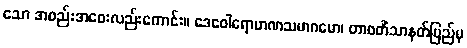
သော အစည်းအဝေးလည်းကောင်း။ ဒေဝေါရောဟဏသမာဂမော၊ တာဝတိံသာနတ်ပြည်မှ